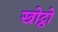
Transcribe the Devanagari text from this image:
खोट्ठो